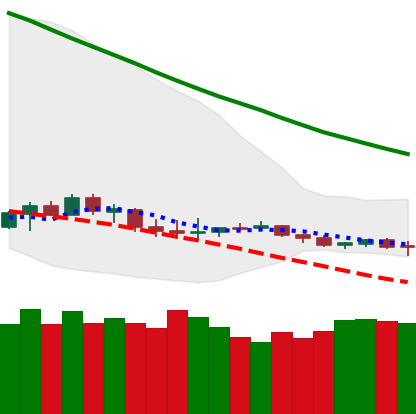
Ticker: LTC-USD
Chart end date: 2019-12-15
Forward return: -7.923%
Label: down_7plus